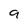
Character: 9